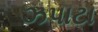
ઝપાટા